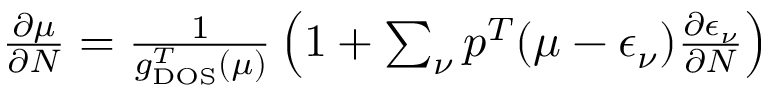
\begin{array} { r } { \frac { \partial \mu } { \partial N } = \frac { 1 } { g _ { \mathrm { D O S } } ^ { T } ( \mu ) } \left( 1 + \sum _ { \nu } p ^ { T } ( \mu - \epsilon _ { \nu } ) \frac { \partial \epsilon _ { \nu } } { \partial N } \right) } \end{array}